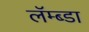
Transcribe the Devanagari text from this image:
लॅम्ब्डा